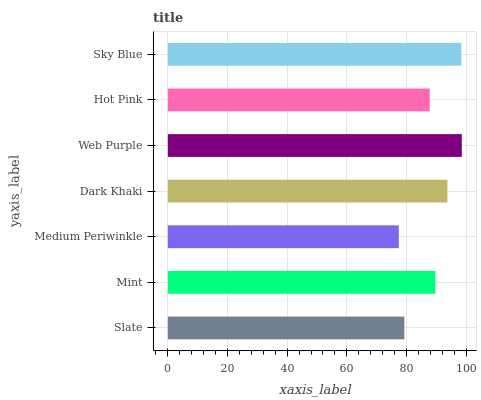
| yaxis_label | bars |
 | --- | --- |
 | Slate | 79.3 |
 | Mint | 89.7 |
 | Medium Periwinkle | 77.4 |
 | Dark Khaki | 93.7 |
 | Web Purple | 98.5 |
 | Hot Pink | 87.8 |
 | Sky Blue | 98.4 |